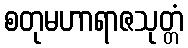
စတုမဟာရာဇသုတ္တံ